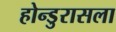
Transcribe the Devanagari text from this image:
होन्डुरासला